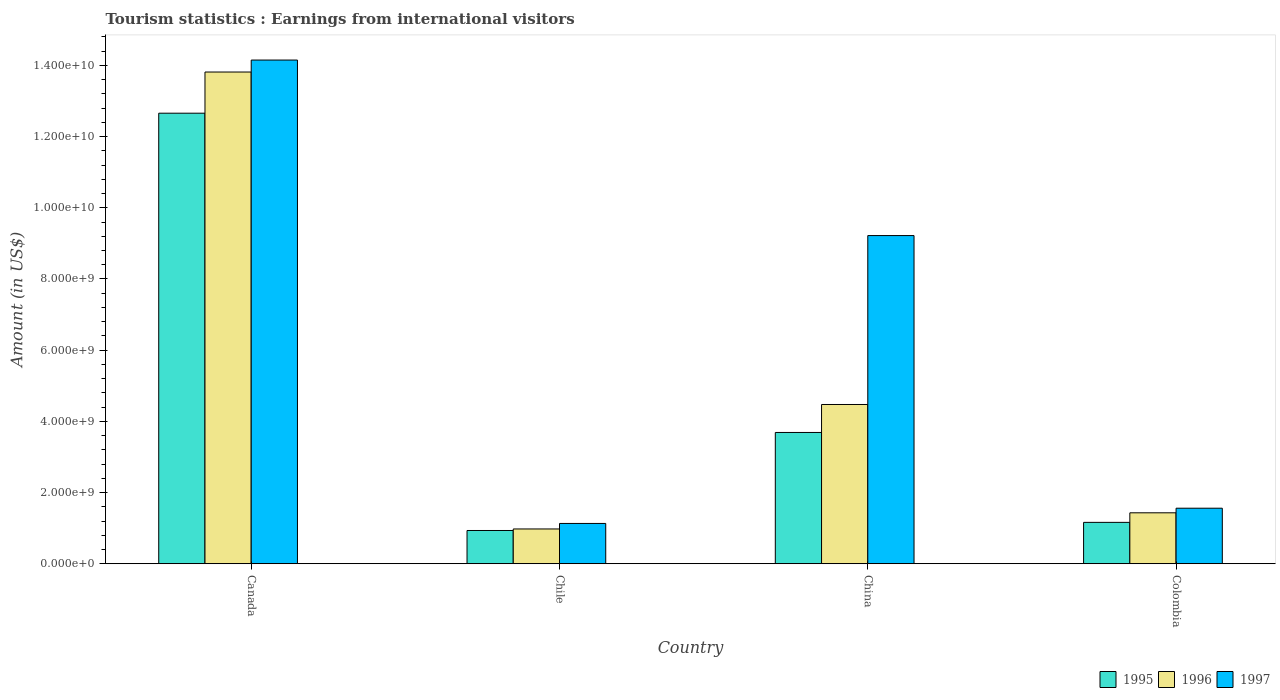
| Country | 1995 | 1996 | 1997 |
 | --- | --- | --- | --- |
 | Canada | 1.27e+10 | 1.38e+10 | 1.42e+10 |
 | Chile | 9.34e+08 | 9.77e+08 | 1.13e+09 |
 | China | 3.69e+09 | 4.47e+09 | 9.22e+09 |
 | Colombia | 1.16e+09 | 1.43e+09 | 1.56e+09 |